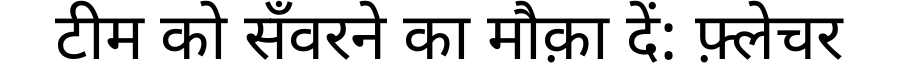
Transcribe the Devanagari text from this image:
टीम को सँवरने का मौक़ा दें: फ़्लेचर